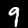
Label: 9